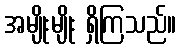
အမျိုးမျိုး ရှိကြသည်။